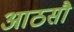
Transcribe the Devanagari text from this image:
आठसौ